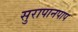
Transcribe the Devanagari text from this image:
सुरापानपाप